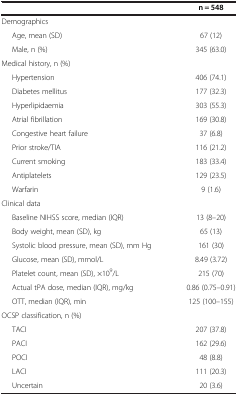
<table><thead><tr><td><b> </b></td><td><b>n = 548</b></td></tr></thead><tbody><tr><td>Demographics</td><td> </td></tr><tr><td>Age, mean (SD)</td><td>67 (12)</td></tr><tr><td>Male, n (%)</td><td>345 (63.0)</td></tr><tr><td>Medical history, n (%)</td><td> </td></tr><tr><td>Hypertension</td><td>406 (74.1)</td></tr><tr><td>Diabetes mellitus</td><td>177 (32.3)</td></tr><tr><td>Hyperlipidaemia</td><td>303 (55.3)</td></tr><tr><td>Atrial fibrillation</td><td>169 (30.8)</td></tr><tr><td>Congestive heart failure</td><td>37 (6.8)</td></tr><tr><td>Prior stroke/TIA</td><td>116 (21.2)</td></tr><tr><td>Current smoking</td><td>183 (33.4)</td></tr><tr><td>Antiplatelets</td><td>129 (23.5)</td></tr><tr><td>Warfarin</td><td>9 (1.6)</td></tr><tr><td>Clinical data</td><td> </td></tr><tr><td>Baseline NIHSS score, median (IQR)</td><td>13 (8–20)</td></tr><tr><td>Body weight, mean (SD), kg</td><td>65 (13)</td></tr><tr><td>Systolic blood pressure, mean (SD), mm Hg</td><td>161 (30)</td></tr><tr><td>Glucose, mean (SD), mmol/L</td><td>8.49 (3.72)</td></tr><tr><td>Platelet count, mean (SD), ×10<sup>9</sup>/L</td><td>215 (70)</td></tr><tr><td>Actual tPA dose, median (IQR), mg/kg</td><td>0.86 (0.75–0.91)</td></tr><tr><td>OTT, median (IQR), min</td><td>125 (100–155)</td></tr><tr><td>OCSP classification, n (%)</td><td> </td></tr><tr><td>TACI</td><td>207 (37.8)</td></tr><tr><td>PACI</td><td>162 (29.6)</td></tr><tr><td>POCI</td><td>48 (8.8)</td></tr><tr><td>LACI</td><td>111 (20.3)</td></tr><tr><td>Uncertain</td><td>20 (3.6)</td></tr></tbody></table>